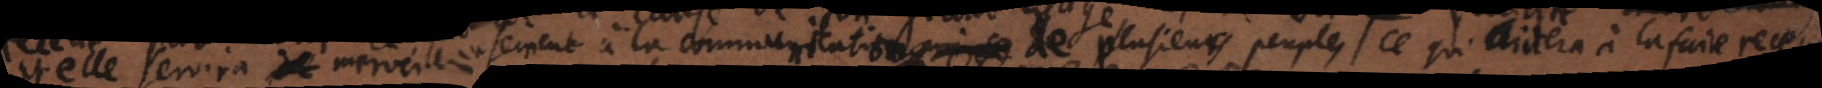
elle servira merveilleusement à la communication de plusieurs peuples ce qui aidera à la faire